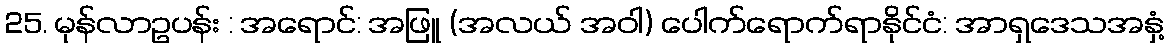
25. မုန်လာဥပန်း : အရောင်: အဖြူ (အလယ် အဝါ) ပေါက်ရောက်ရာနိုင်ငံ: အာရှဒေသအနှံ့